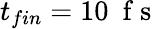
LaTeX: t_{fin}=10~\mathrm{~f~s~}